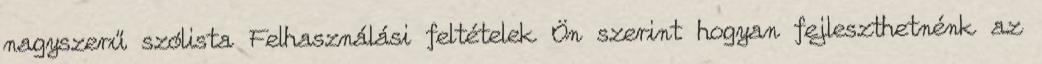
nagyszerű szólista Felhasználási feltételek Ön szerint hogyan fejleszthetnénk az